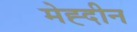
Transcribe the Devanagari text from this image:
मेह्दीन